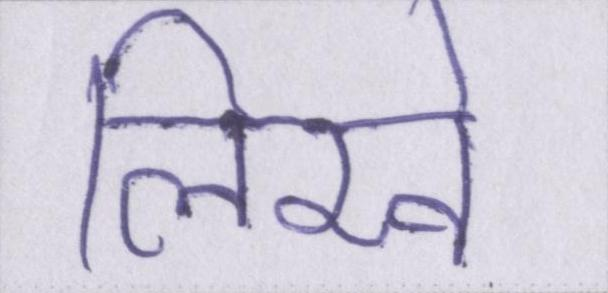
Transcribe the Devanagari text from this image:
लिखे